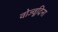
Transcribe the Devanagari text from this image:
वोज्वूदिना